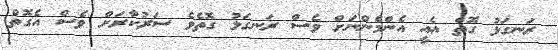
ރަނގަޅު ގޮތް އެއީ އެންމެންނަށް ވެސް ރަނގަޅު ގޮތެވެ ސަރުކާރަށް ވެސް އެގޮތް